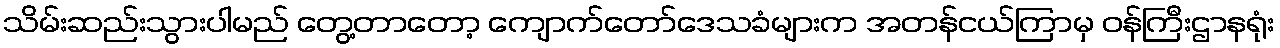
သိမ်းဆည်းသွားပါမည် တွေ့တာတော့ ကျောက်တော်ဒေသခံများက အတန်ငယ်ကြာမှ ဝန်ကြီးဌာနရုံး